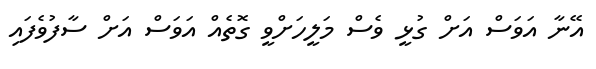
އޭނާ އަވަސް އަށް ގުޅީ ވެސް މަލީހަށްވީ ގޮތެއް އަވަސް އަށް ސާފުވެފައި